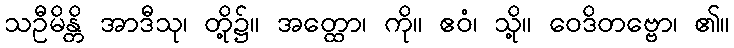
သဦမိန္တိ အာဒီသု၊ တို့၌။ အတ္ထော၊ ကို။ ဧဝံ၊ သို့။ ဝေဒိတဗ္ဗော၊ ၏။